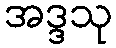
အဒ္ဒသု